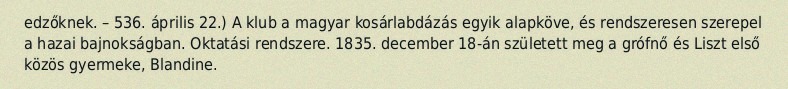
edzőknek. – 536. április 22.) A klub a magyar kosárlabdázás egyik alapköve, és rendszeresen szerepel a hazai bajnokságban. Oktatási rendszere. 1835. december 18-án született meg a grófnő és Liszt első közös gyermeke, Blandine.